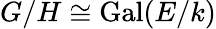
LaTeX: G/H\cong\operatorname{Gal}(E/k)